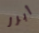
أبرز